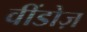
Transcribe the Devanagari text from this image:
वींडोज़